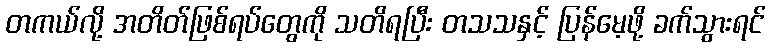
တကယ်လို့ အတိတ်ဖြစ်ရပ်တွေကို သတိရပြီး တသသနှင့် ပြန်မေ့ဖို့ ခက်သွားရင်